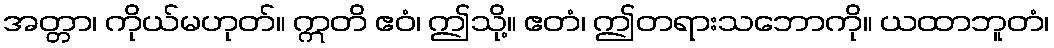
အတ္တာ၊ ကိုယ်မဟုတ်။ ဣတိ ဧဝံ၊ ဤသို့။ ဧတံ၊ ဤတရားသဘောကို။ ယထာဘူတံ၊